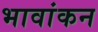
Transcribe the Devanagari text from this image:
भावांकन